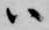
ハ